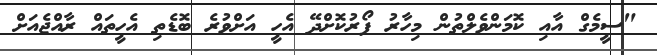
"ސީމެގް އާއި ކޮމަންވެލްތުން މިހާރު ފޯރުކޮށްދޭ އެހީ އަށްވުރެ ބޮޑެތި އެހީތައް ރާއްޖެއަށް